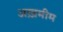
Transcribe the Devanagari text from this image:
अख़मीम